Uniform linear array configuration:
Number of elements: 24
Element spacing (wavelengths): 0.75
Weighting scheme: kaiser
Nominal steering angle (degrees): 60
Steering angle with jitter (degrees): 58.678
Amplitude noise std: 0.05
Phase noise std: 0.05

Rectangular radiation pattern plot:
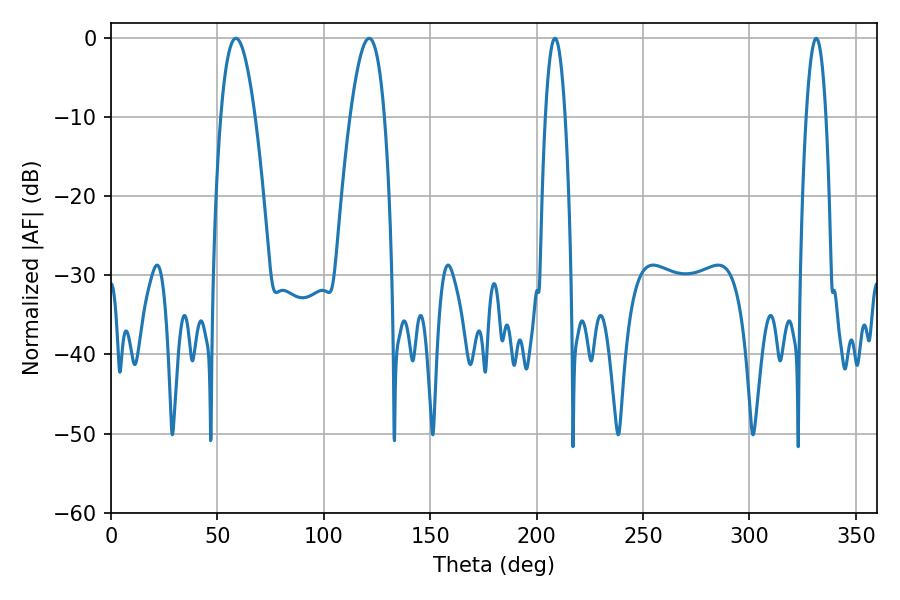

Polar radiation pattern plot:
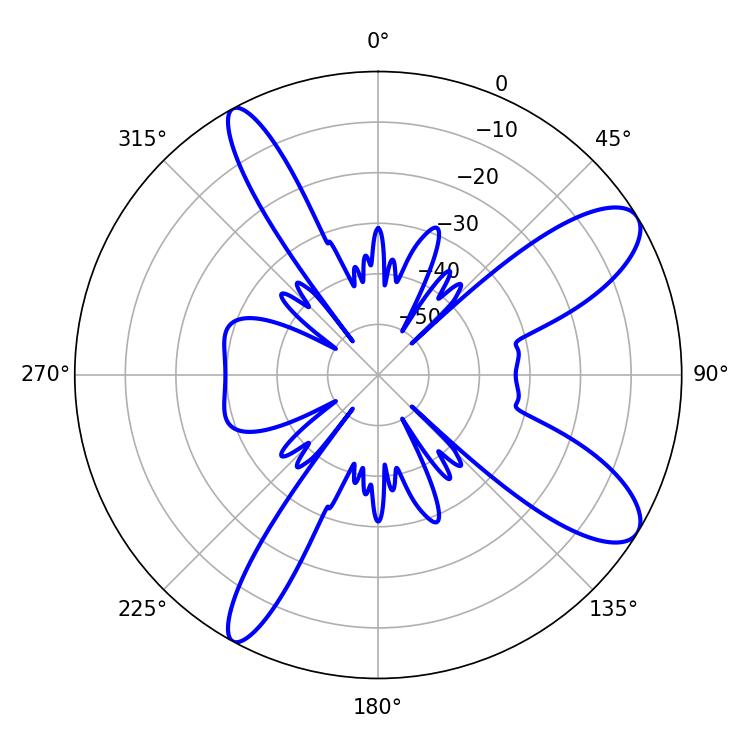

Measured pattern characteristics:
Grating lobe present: TRUE
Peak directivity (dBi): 10.176
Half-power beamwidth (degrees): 5.04
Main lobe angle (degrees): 208.62